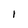
Character: I